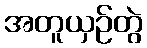
အတူယှဉ်တွဲ